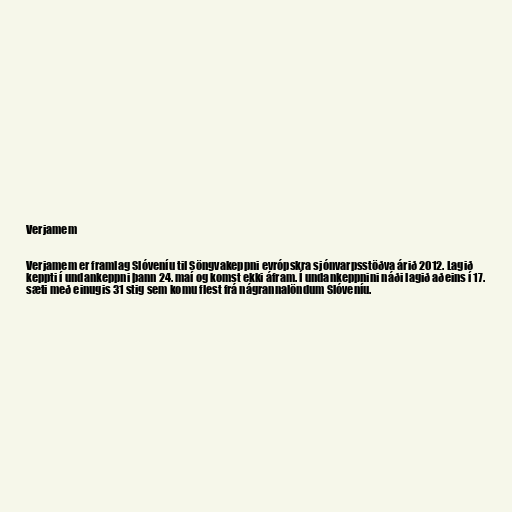
Verjamem

Verjamem er framlag Slóveníu til Söngvakeppni evrópskra sjónvarpsstöðva árið 2012. Lagið
keppti í undankeppni þann 24. maí og komst ekki áfram. Í undankeppnini náði lagið aðeins í 17.
sæti með einugis 31 stig sem komu flest frá nágrannalöndum Slóveníu.